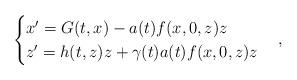
LaTeX: \begin{align*}\begin{cases}x'=G(t,x)-a(t)f(x,0,z)z\\z'=h(t,z)z+\gamma(t)a(t)f(x,0,z)z\end{cases},\end{align*}